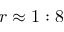
r \approx 1 : 8